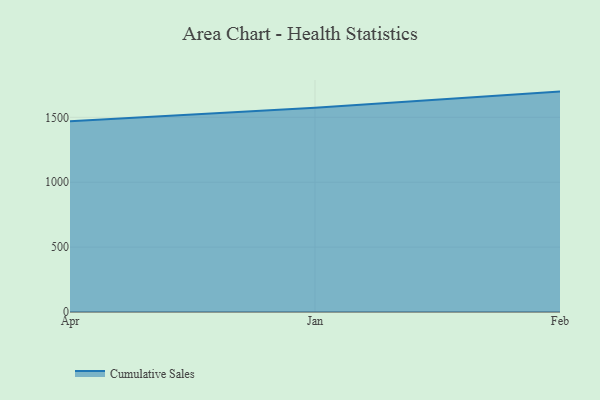
{"axis": {"x": "Month", "y": "Humidity (%)"}, "legend": ["Cumulative Sales"], "data": [{"x": "Apr", "y": 1469.3, "type": "Cumulative Sales"}, {"x": "Jan", "y": 1573.4, "type": "Cumulative Sales"}, {"x": "Feb", "y": 1698.2, "type": "Cumulative Sales"}]}